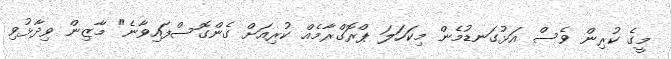
މީގެ ކުރިން ވެސް އަޅުގަނޑުމެން މިކަހަލަ ޕްރޮގްރާމެއް ކުރިއަށް ގެންގޮސްފައިވާނެ" މާޒިން ވިދާޅުވި